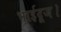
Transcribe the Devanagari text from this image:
भाईदूज।